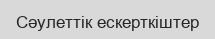
Сәулеттiк ескерткiштер